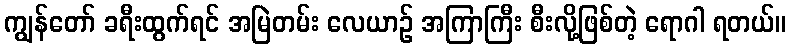
ကျွန်တော် ခရီးထွက်ရင် အမြဲတမ်း လေယာဉ် အကြာကြီး စီးလို့ဖြစ်တဲ့ ရောဂါ ရတယ်။